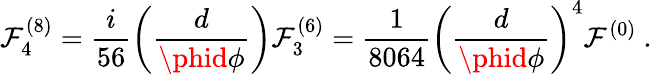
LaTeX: \mathcal{F}_{4}^{(8)}=\frac{{i}}{{56}}\left(\frac{{d}}{{\phid\phi}}\right)\mathcal{F}_{3}^{(6)}=\frac{{1}}{{8064}}\left(\frac{{d}}{{\phid\phi}}\right)^{4}\mathcal{F}^{(0)}~.